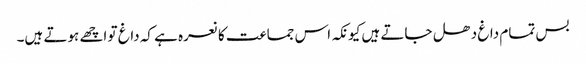
بس تمام داغ دھل جاتے ہیں کیونکہ اس جماعت کا نعرہ ہے کہ داغ تو اچھے ہوتے ہیں۔